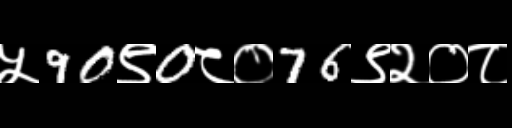
Text: ५90९0८०76९२०८